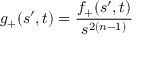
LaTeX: g _ { + } ( s ^ { \prime } , t ) = \frac { f _ { + } ( s ^ { \prime } , t ) } { s ^ { 2 ( n - 1 ) } }